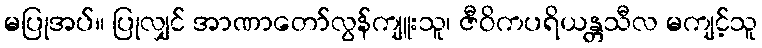
မပြုအပ်။ ပြုလျှင် အာဏာတော်လွန်ကျူးသူ၊ ဇီဝိကပရိယန္တသီလ မကျင့်သူ